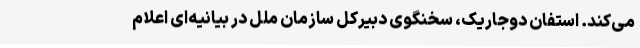
می‌کند. استفان دوجاریک، سخنگوی دبیرکل سازمان ملل در بیانیه‌ای اعلام